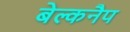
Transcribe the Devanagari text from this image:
बेल्कनैप